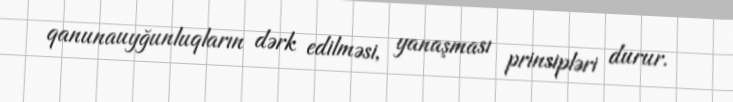
qanunauyğunluqların dərk edilməsi, yanaşması prinsipləri durur.